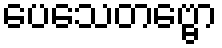
ပေသေတဗ္ဗော